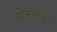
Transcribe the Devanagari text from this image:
बोमैनविल